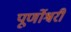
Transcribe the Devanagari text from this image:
पूर्णोश्वरी